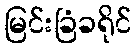
မြင်းခြံခရိုင်